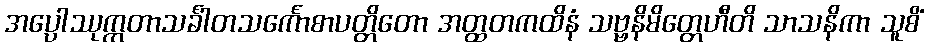
အပ္ပေါဿုက္ကတာသင်္ခါတသင်္ကောစာပတ္တိတော အတ္ထတကထိနံ သဗ္ဗနိမိတ္တေဟီတိ သာသနိကာ သူစိံ